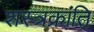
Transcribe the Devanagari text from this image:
शस्त्रक्रांति